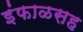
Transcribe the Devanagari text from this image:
इंफाळसह